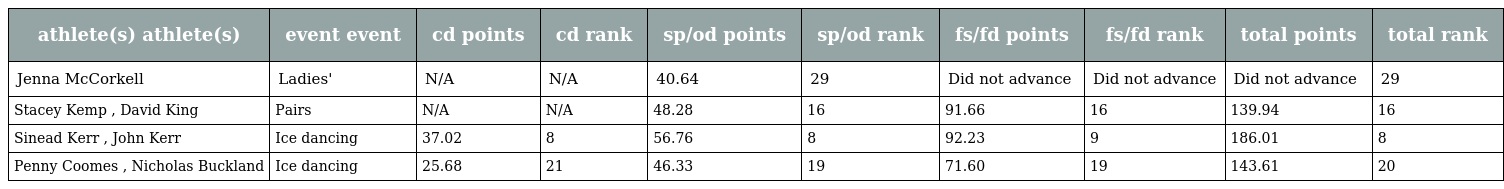
| athlete(s) athlete(s) | event event | cd points | cd rank | sp/od points | sp/od rank | fs/fd points | fs/fd rank | total points | total rank |
 | --- | --- | --- | --- | --- | --- | --- | --- | --- | --- |
 | Jenna McCorkell | Ladies' | N/A | N/A | 40.64 | 29 | Did not advance | Did not advance | Did not advance | 29 |
 | Stacey Kemp , David King | Pairs | N/A | N/A | 48.28 | 16 | 91.66 | 16 | 139.94 | 16 |
 | Sinead Kerr , John Kerr | Ice dancing | 37.02 | 8 | 56.76 | 8 | 92.23 | 9 | 186.01 | 8 |
 | Penny Coomes , Nicholas Buckland | Ice dancing | 25.68 | 21 | 46.33 | 19 | 71.60 | 19 | 143.61 | 20 |